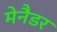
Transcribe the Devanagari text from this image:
मेनैडर